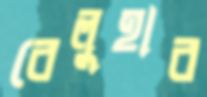
বেলুহার